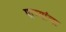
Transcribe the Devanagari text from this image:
पाण्यांचा